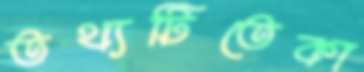
তথ্যটিতেকা